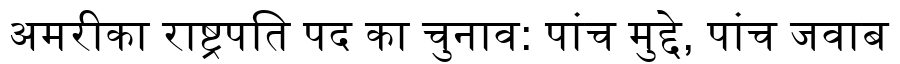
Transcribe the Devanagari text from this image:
अमरीका राष्ट्रपति पद का चुनाव: पांच मुद्दे, पांच जवाब